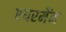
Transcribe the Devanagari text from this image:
एयरमेंन